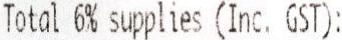
TOTAL 6% SUPPLIES (INC. GST):